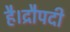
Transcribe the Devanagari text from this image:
है।द्रौपदी